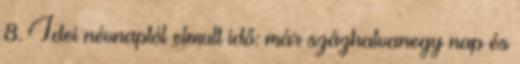
8. Idei névnaptól elmult idő: már százhatvanegy nap és